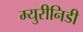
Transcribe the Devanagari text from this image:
म्युरीनिडी